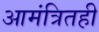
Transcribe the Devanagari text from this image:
आमंत्रितही